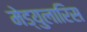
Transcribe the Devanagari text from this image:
मेड्युलारिस